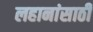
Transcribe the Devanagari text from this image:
लहानांसाठी